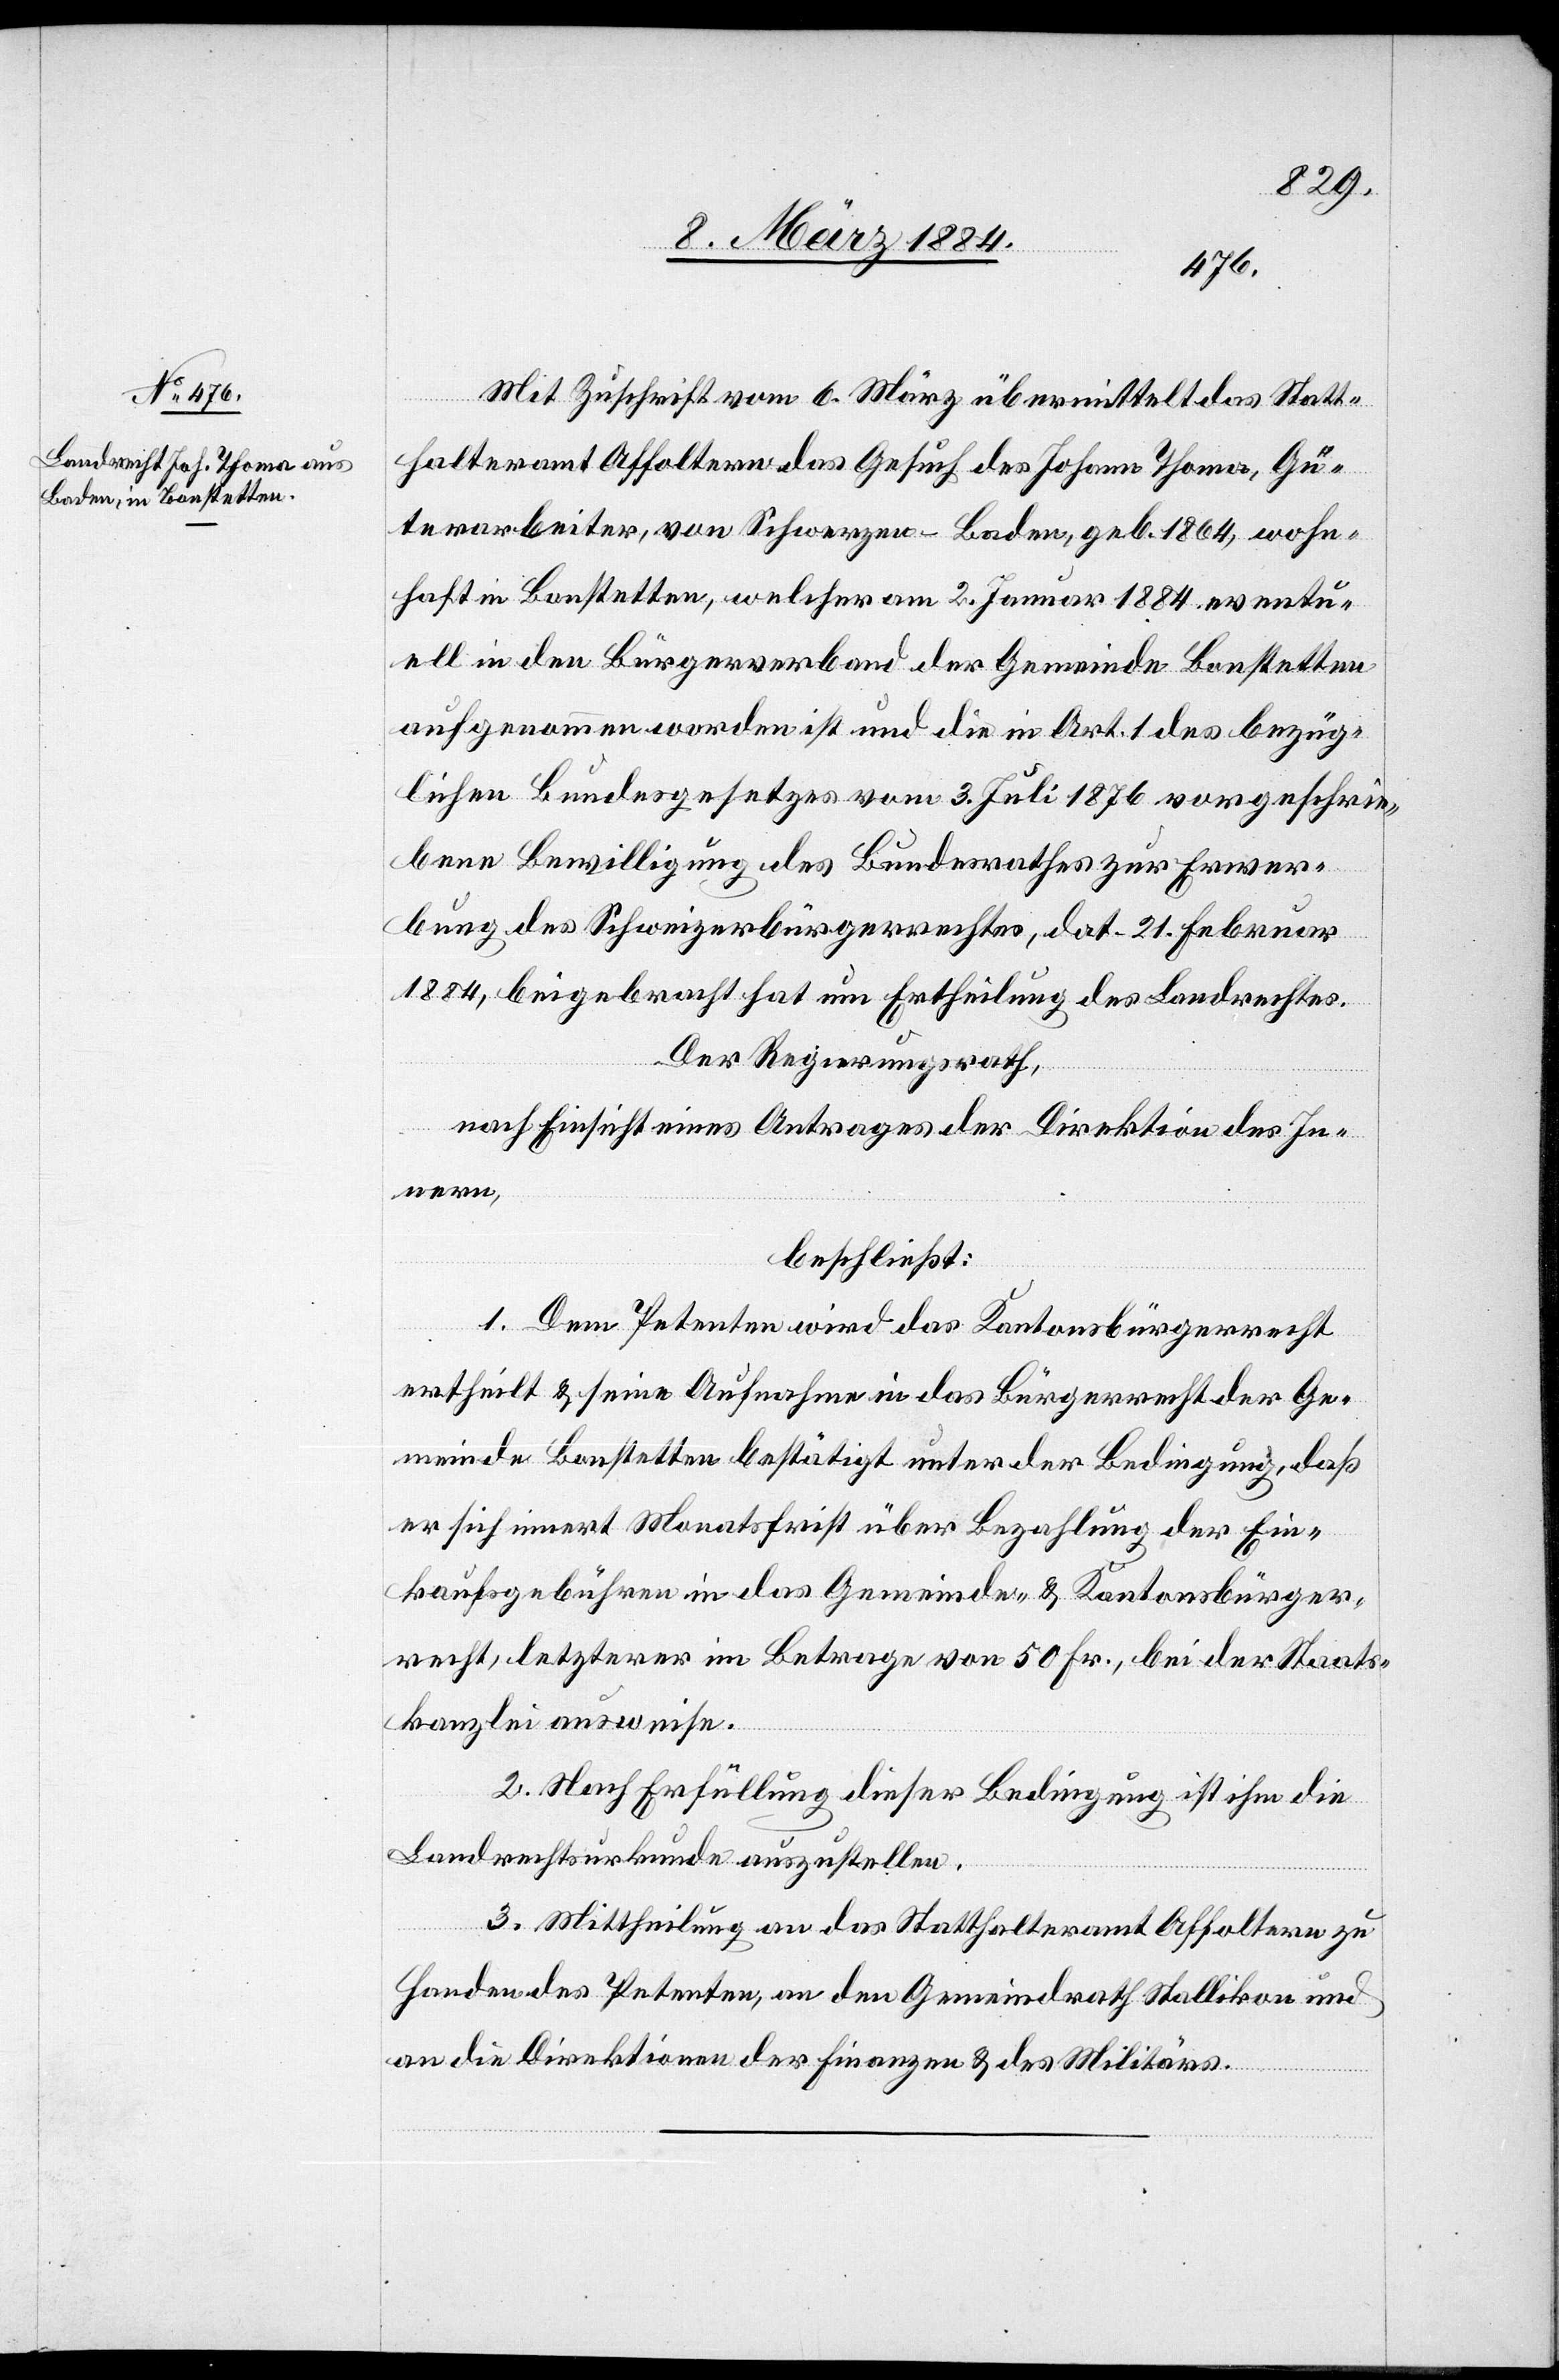
Mit Zuschrift vom 6. März übermittelt das Statt¬
halteramt Affoltern das Gesuch des Johann Thoma, Gü¬
terarbeiter, von Schwerzen - Baden, geb. 1864, wohn¬
haft in Bonstetten, welcher am 2. Januar 1884 eventu¬
ell in den Bürgerverband der Gemeinde Bonstetten
aufgenommen worden ist und die in Art. 1 des bezüg¬
lichen Bundesgesetzes vom 3. Juli 1876 vorgeschrie¬
bene Bewilligung des Bundesrathes zur Erwer¬
bung des Schweizerbürgerrechtes, dat. 21. Februar
1884, beigebracht hat um Ertheilung des Landrechtes.
Der Regierungsrath,
nach Einsicht eines Antrages der Direktion des In¬
nern,
beschließt:
1. Dem Patenen wird das Kantonsbürgerrecht
ertheilt & seine Aufnahme in das Bürgerrecht der Ge¬
meinde Bonstetten bestätigt unter der Bedingung, daß
er sich innert Monatsfrist über Bezahlung der Ein¬
kaufgebühren in das Gemeinde- & Kantonsbürger¬
recht, letzterer im Betrage von 50 Fr., bei der Staats¬
kanzlei ausweise.
2. Nach Erfüllung dieser Bedingung ist ihm die
Landrechtsurkunde auszustellen.
3. Mittheilung an das Statthalteramt Affoltern zu
Handen des Petenten, an den Gemeindrath Stallikon und
an die Direktion der Finanzen & des Militärs.